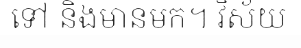
ទៅ និងមានមក។ វិស័យ